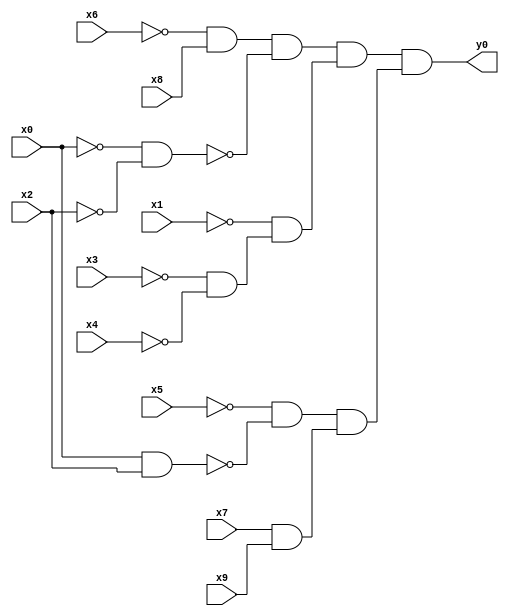
module top( x0 , x1 , x2 , x3 , x4 , x5 , x6 , x7 , x8 , x9 , y0 );
  input x0 , x1 , x2 , x3 , x4 , x5 , x6 , x7 , x8 , x9 ;
  output y0 ;
  wire n11 , n12 , n13 , n14 , n15 , n16 , n17 , n18 , n19 , n20 , n21 ;
  assign n11 = ~x6 & x8 ;
  assign n12 = ~x0 & ~x2 ;
  assign n13 = n11 & ~n12 ;
  assign n14 = ~x3 & ~x4 ;
  assign n15 = ~x1 & n14 ;
  assign n16 = n13 & n15 ;
  assign n17 = x0 & x2 ;
  assign n18 = ~x5 & ~n17 ;
  assign n19 = x7 & x9 ;
  assign n20 = n18 & n19 ;
  assign n21 = n16 & n20 ;
  assign y0 = n21 ;
endmodule